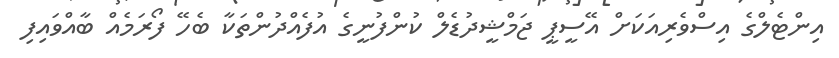
އިންޓެލްގެ އިސްވެރިއަކަށް އޭސީޕީ ޖަމްޝީދުޑެލް ކުންފުނީގެ އުފެއްދުންތަކާ ބެހޭ ފޯރަމެއް ބާއްވައިފި